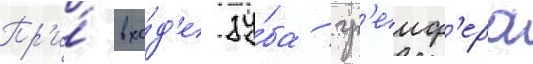
Пр'и́ вхо́д'е зу́ба гр'еиф'ера